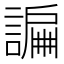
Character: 𧫲